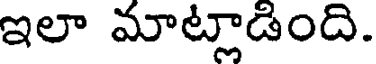
ఇలా మాట్లాడింది.